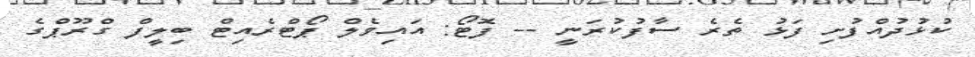
ކުޅުދުއްފުށި ފަޅު ތެރެ ސާފުކުރަނީ -- ފޮޓޯ: އައިވެލް ޕޯޓްރެއިޓް ބިލީފް ގްރޫޕްގެ